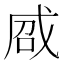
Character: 𢦽